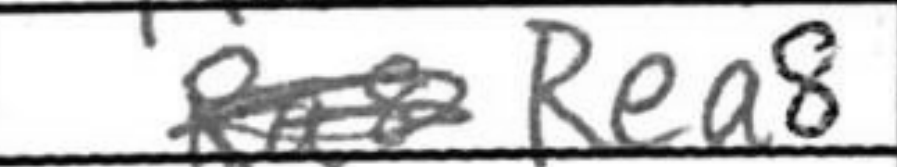
Transcription: Rea8